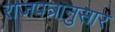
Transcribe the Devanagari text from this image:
राजपत्रानुसार